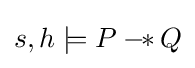
s,h\models P-\!\!\ast \,Q